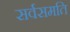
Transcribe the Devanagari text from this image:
सर्वसमति